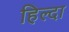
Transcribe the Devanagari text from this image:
हिल्दा